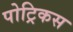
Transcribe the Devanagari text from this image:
पोट्रिकस